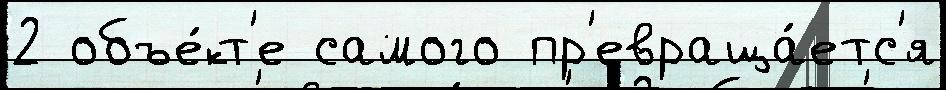
2 объе́кт'е самого пр'евраща́етс'я